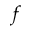
f